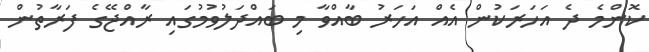
ކޮންމެ ދެ އަހަރަކުން އެއް އަހަރު ބާއްވާ މި ބައްދަލުވުމުގައި ރާއްޖޭގެ ފަރާތުން